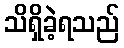
သိရှိခဲ့ရသည်